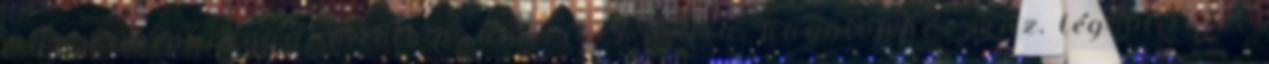
máz, cserépkályha, fűtött padka, íves forma, kagylófehér máz, légöblítéses